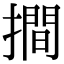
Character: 𢵧